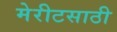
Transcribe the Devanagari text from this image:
मेरीटसाठी